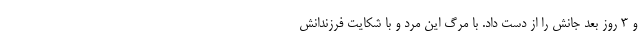
و 3 روز بعد جانش را از دست داد. با مرگ این مرد و با شکایت فرزندانش